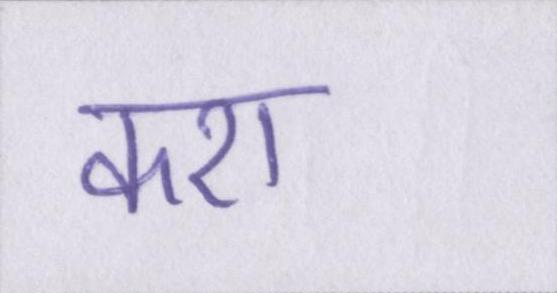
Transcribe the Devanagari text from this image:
करा